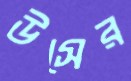
উসের